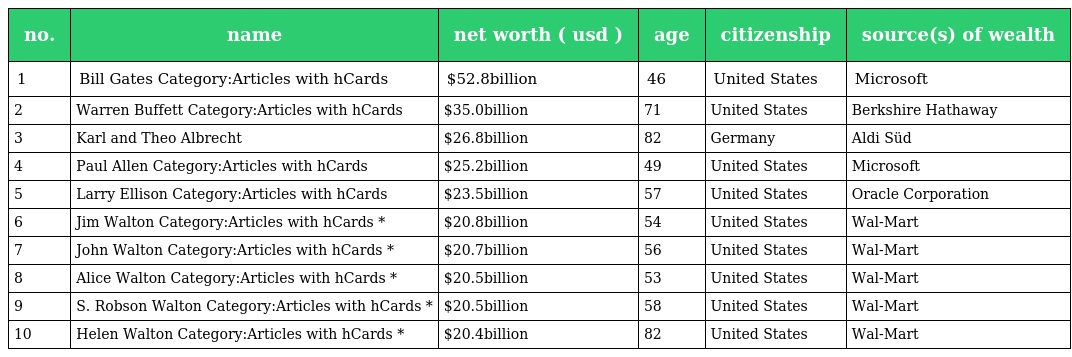
| no. | name | net worth ( usd ) | age | citizenship | source(s) of wealth |
 | --- | --- | --- | --- | --- | --- |
 | 1 | Bill Gates Category:Articles with hCards | $52.8billion | 46 | United States | Microsoft |
 | 2 | Warren Buffett Category:Articles with hCards | $35.0billion | 71 | United States | Berkshire Hathaway |
 | 3 | Karl and Theo Albrecht | $26.8billion | 82 | Germany | Aldi Süd |
 | 4 | Paul Allen Category:Articles with hCards | $25.2billion | 49 | United States | Microsoft |
 | 5 | Larry Ellison Category:Articles with hCards | $23.5billion | 57 | United States | Oracle Corporation |
 | 6 | Jim Walton Category:Articles with hCards * | $20.8billion | 54 | United States | Wal-Mart |
 | 7 | John Walton Category:Articles with hCards * | $20.7billion | 56 | United States | Wal-Mart |
 | 8 | Alice Walton Category:Articles with hCards * | $20.5billion | 53 | United States | Wal-Mart |
 | 9 | S. Robson Walton Category:Articles with hCards * | $20.5billion | 58 | United States | Wal-Mart |
 | 10 | Helen Walton Category:Articles with hCards * | $20.4billion | 82 | United States | Wal-Mart |